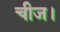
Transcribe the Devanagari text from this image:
चीज।